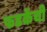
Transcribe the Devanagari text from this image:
फडकेंची